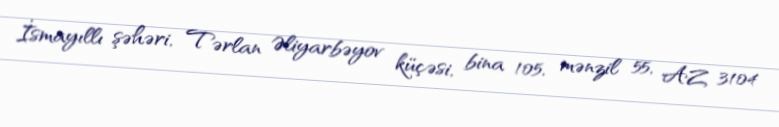
İsmayıllı şəhəri, Tərlan Əliyarbəyov küçəsi, bina 105, mənzil 55, AZ 3104